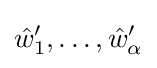
{\hat {w}}'_{1},\dots ,{\hat {w}}'_{\alpha }